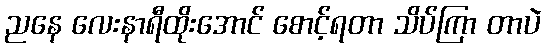
ညနေ လေးနာရီထိုးအောင် စောင့်ရတာ သိပ်ကြာ တာပဲ